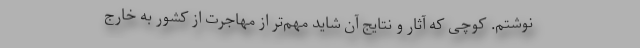
نوشتم. کوچی که آثار و نتایج آن شاید مهم‌تر از مهاجرت از کشور به خارج